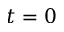
t = 0